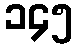
၁၄၅